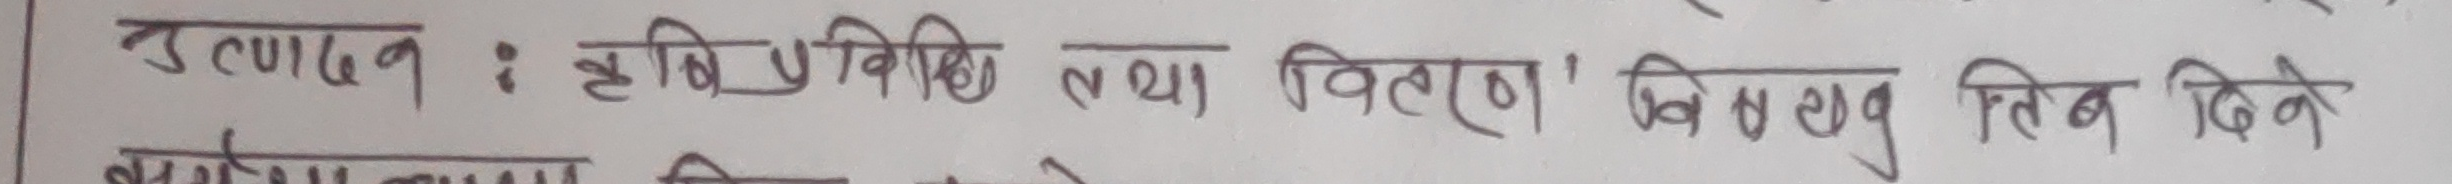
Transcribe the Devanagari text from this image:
उत्पादन : कृषि प्रविधि तथा वितरण विशेष घुतिब दिने